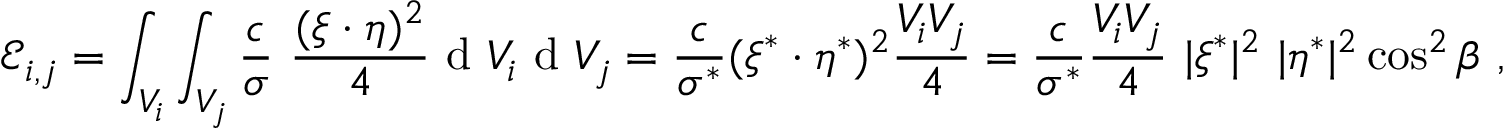
\mathcal { E } _ { i , j } = \int _ { V _ { i } } \int _ { V _ { j } } \frac { c } { \sigma } \ \frac { ( \boldsymbol { \xi } \cdot \boldsymbol { \eta } ) ^ { 2 } } { 4 } \textup { d } V _ { i } \textup { d } V _ { j } = \frac { c } { \sigma ^ { * } } ( \boldsymbol { \xi } ^ { * } \cdot \boldsymbol { \eta } ^ { * } ) ^ { 2 } \frac { V _ { i } V _ { j } } { 4 } = \frac { c } { \sigma ^ { * } } \frac { V _ { i } V _ { j } } { 4 } \ | \boldsymbol { \xi } ^ { * } | ^ { 2 } \ | \boldsymbol { \eta } ^ { * } | ^ { 2 } \cos ^ { 2 } \beta \ ,